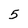
Character: 5